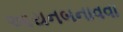
આયનબનાવવા